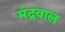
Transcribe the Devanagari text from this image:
मंद्रवाल